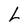
Character: L